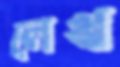
লেখ